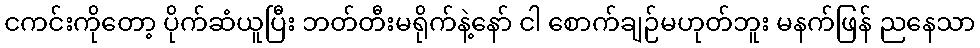
ငကင်းကိုတော့ ပိုက်ဆံယူပြီး ဘတ်တီးမရိုက်နဲ့နော် ငါ စောက်ချဉ်မဟုတ်ဘူး မနက်ဖြန် ညနေသာ